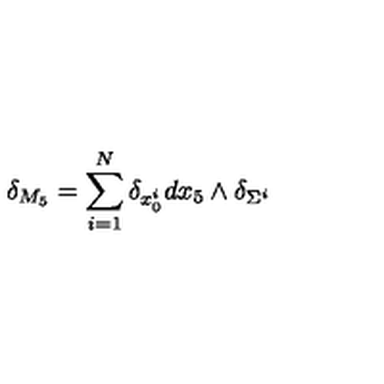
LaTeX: \delta _ { M _ { 5 } } = \sum _ { i = 1 } ^ { N } \delta _ { x _ { 0 } ^ { i } } d x _ { 5 } \wedge \delta _ { \Sigma ^ { i } }